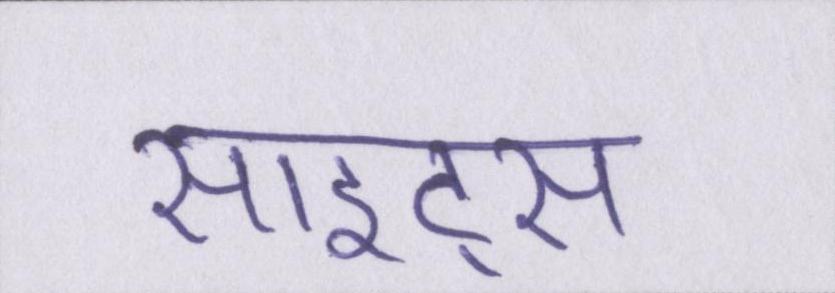
साइट्स